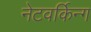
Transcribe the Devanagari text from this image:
नेटवर्किन्ग